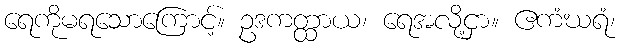
ရေကိုမရသောကြောင့်။ ဥဒကတ္ထာယ၊ ရေအလို့ငှာ။ ဧကံဃရံ၊